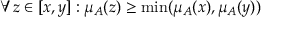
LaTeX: \forall z \in [ x , y ] : \mu _ { A } ( z ) \geq \operatorname* { m i n } ( \mu _ { A } ( x ) , \mu _ { A } ( y ) )